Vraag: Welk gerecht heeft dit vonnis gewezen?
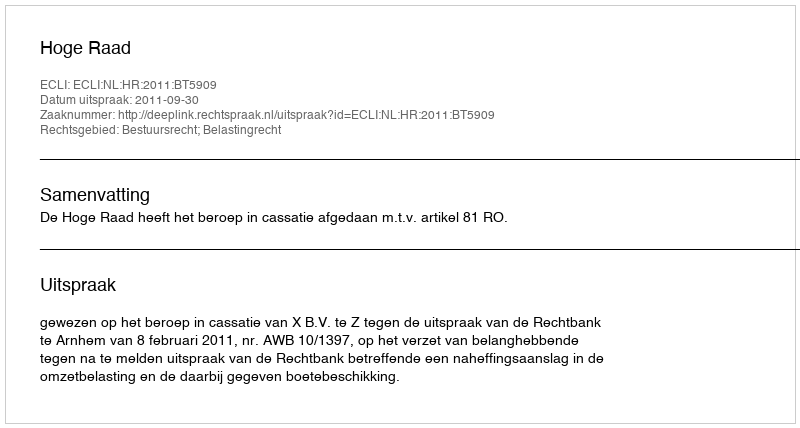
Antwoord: Hoge Raad